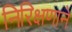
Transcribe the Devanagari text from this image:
निरिक्षणाने